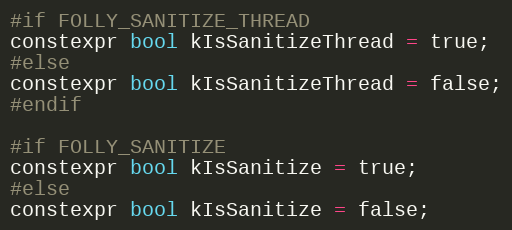
Language: C
#if FOLLY_SANITIZE_THREAD
constexpr bool kIsSanitizeThread = true;
#else
constexpr bool kIsSanitizeThread = false;
#endif

#if FOLLY_SANITIZE
constexpr bool kIsSanitize = true;
#else
constexpr bool kIsSanitize = false;